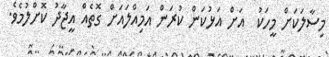
މިސާލަކަށް މީހަކު  އަށް އަޅުކަން ކުރަން އަމިއްލައަށް ގޮތެއް އީޖާދު ކޮށްލުމެވެ.